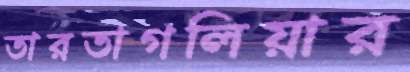
তারতাগলিয়ার